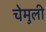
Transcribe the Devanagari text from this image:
चेमुली